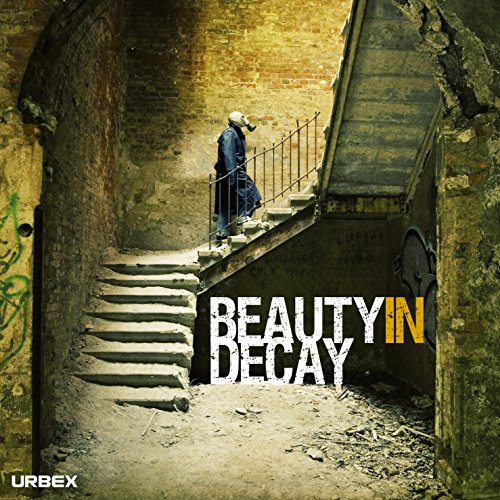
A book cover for Beauty in Decay. Urbex; Arts & Photography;